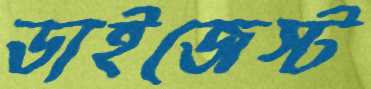
ডাইজেস্ট